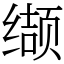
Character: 缬